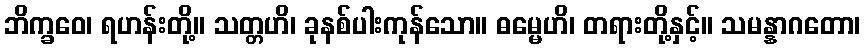
ဘိက္ခဝေ၊ ရဟန်းတို့။ သတ္တဟိ၊ ခုနစ်ပါးကုန်သော။ ဓမ္မေဟိ၊ တရားတို့နှင့်။ သမန္နာဂတော၊